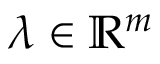
\lambda \in \mathbb { R } ^ { m }